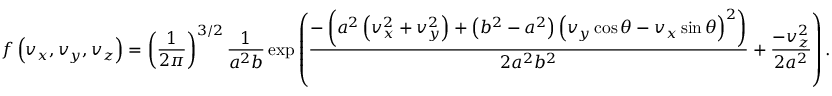
f \left( v _ { x } , v _ { y } , v _ { z } \right) = \left( \frac { 1 } { 2 \pi } \right) ^ { 3 / 2 } \frac { 1 } { a ^ { 2 } b } \exp \left( \frac { - \left( a ^ { 2 } \left( v _ { x } ^ { 2 } + v _ { y } ^ { 2 } \right) + \left( b ^ { 2 } - a ^ { 2 } \right) \left( v _ { y } \cos \theta - v _ { x } \sin \theta \right) ^ { 2 } \right) } { 2 a ^ { 2 } b ^ { 2 } } + \frac { - v _ { z } ^ { 2 } } { 2 a ^ { 2 } } \right) .